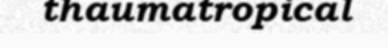
thaumatropical